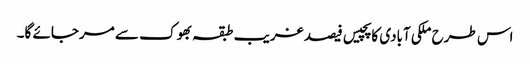
اس طرح ملکی آبادی کا پچیس فیصد غریب طبقہ بھوک سے مرجائے گا۔